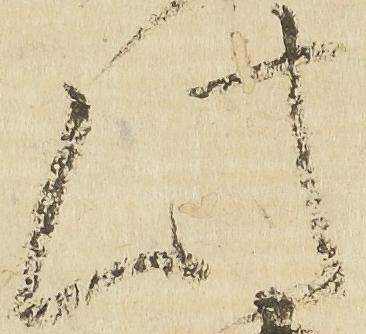
此